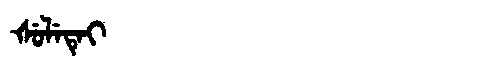
Manchu: ᡧᡠᠯᡝᡨᡝᡳ
Romanization: ŠULETEI